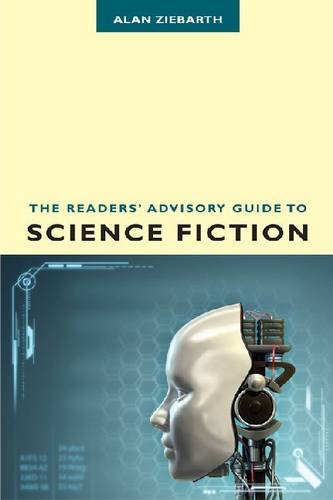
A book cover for The Readers' Advisory Guide to Science Fiction; Alan Ziebarth; Reference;